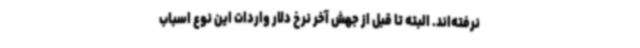
نرفته‌اند. البته تا قبل از جهش آخر نرخ دلار واردات این نوع اسباب